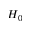
H _ { 0 }